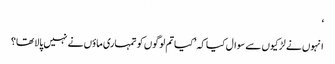
‘
انہوں نے لڑکیوں سے سوال کیا کہ ’کیا تم لوگوں کو تمہاری ماؤں نے نہیں پالا تھا؟